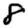
Digit: 8